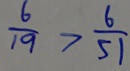
\frac { 6 } { 1 9 } > \frac { 6 } { 5 1 }